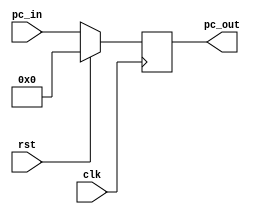
module PC (
    input clk,
    input rst,
    input [31:0] pc_in,
    output reg [31:0] pc_out
);

    always @(posedge clk) 
    begin
        if(rst)
        begin
            pc_out <= 0;
        end    
        else
        begin
            pc_out <= pc_in;
        end
    end
    
endmodule